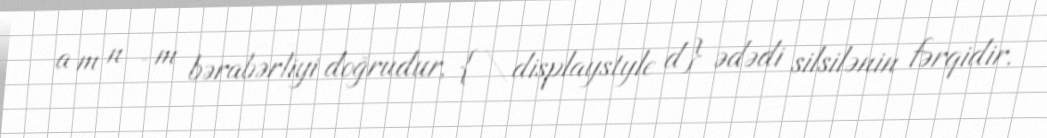
− a m n − m bərabərliyi doğrudur, {\displaystyle d} ədədi silsilənin fərqidir.